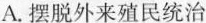
A.摆脱外来殖民统治